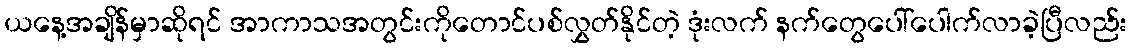
ယနေ့အချိန်မှာဆိုရင် အာကာသအတွင်းကိုတောင်ပစ်လွှတ်နိုင်တဲ့ ဒုံးလက် နက်တွေပေါ်ပေါက်လာခဲ့ပြီလည်း